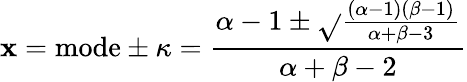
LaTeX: \mathbf{x}={\mathrm{{mode}}}\pm\kappa={\frac{{\alpha-1\pm{\sqrt{}{{\frac{{(\alpha-1)(\beta-1)}}{{\alpha+\beta-3}}}}}}}{{\alpha+\beta-2}}}